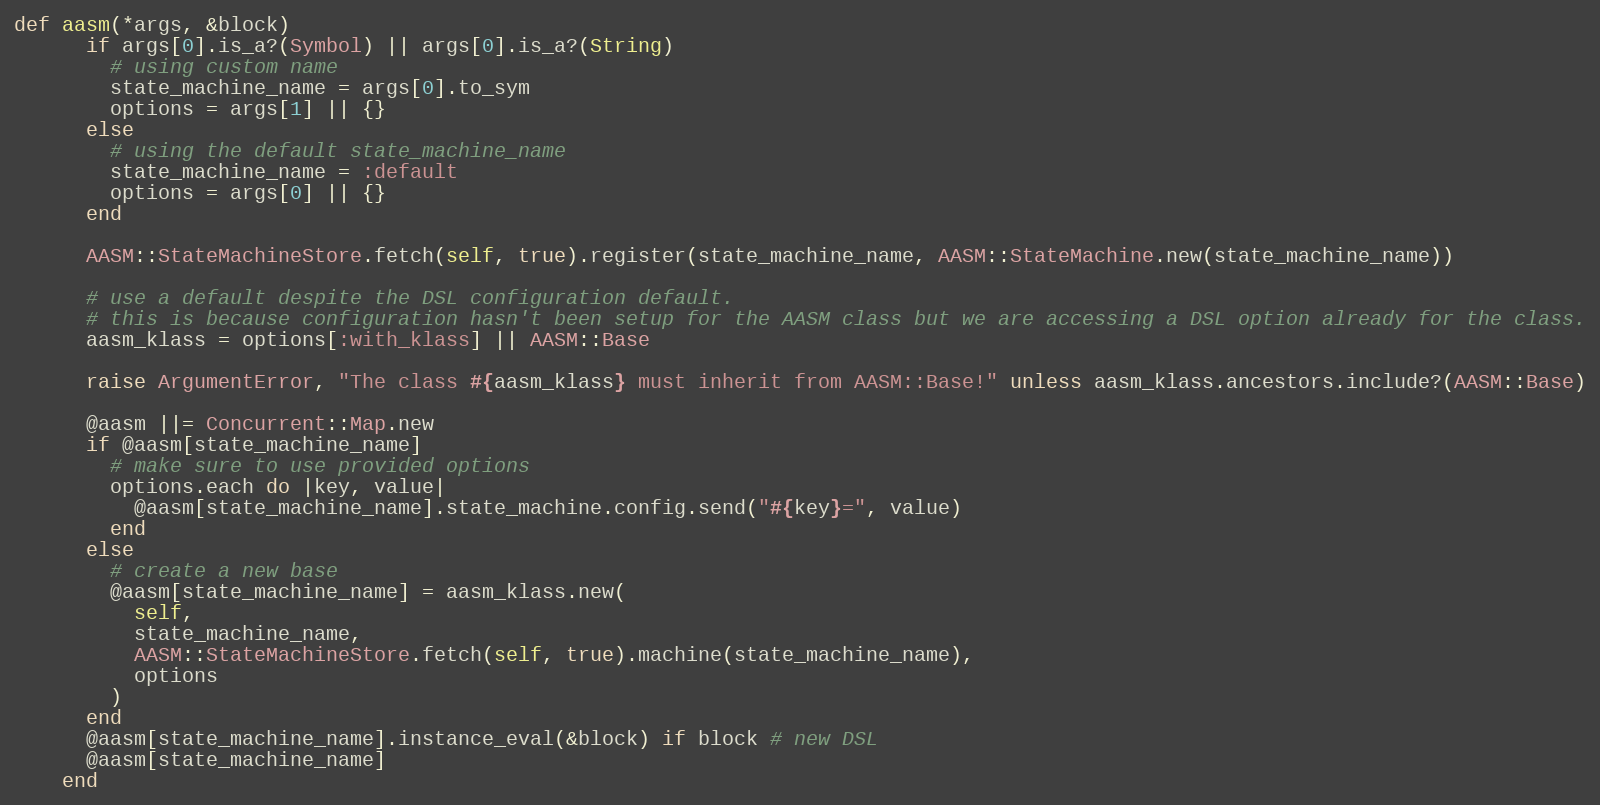
Language: Ruby
def aasm(*args, &block)
      if args[0].is_a?(Symbol) || args[0].is_a?(String)
        # using custom name
        state_machine_name = args[0].to_sym
        options = args[1] || {}
      else
        # using the default state_machine_name
        state_machine_name = :default
        options = args[0] || {}
      end

      AASM::StateMachineStore.fetch(self, true).register(state_machine_name, AASM::StateMachine.new(state_machine_name))

      # use a default despite the DSL configuration default.
      # this is because configuration hasn't been setup for the AASM class but we are accessing a DSL option already for the class.
      aasm_klass = options[:with_klass] || AASM::Base

      raise ArgumentError, "The class #{aasm_klass} must inherit from AASM::Base!" unless aasm_klass.ancestors.include?(AASM::Base)

      @aasm ||= Concurrent::Map.new
      if @aasm[state_machine_name]
        # make sure to use provided options
        options.each do |key, value|
          @aasm[state_machine_name].state_machine.config.send("#{key}=", value)
        end
      else
        # create a new base
        @aasm[state_machine_name] = aasm_klass.new(
          self,
          state_machine_name,
          AASM::StateMachineStore.fetch(self, true).machine(state_machine_name),
          options
        )
      end
      @aasm[state_machine_name].instance_eval(&block) if block # new DSL
      @aasm[state_machine_name]
    end